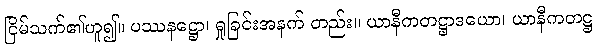
ငြိမ်သက်၏ဟူ၍။ ပဿနဋ္ဌော၊ ရှုခြင်းအနက် တည်း။ ယာနီကတဋ္ဌာဒယော၊ ယာနီကတဋ္ဌ